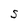
Character: S